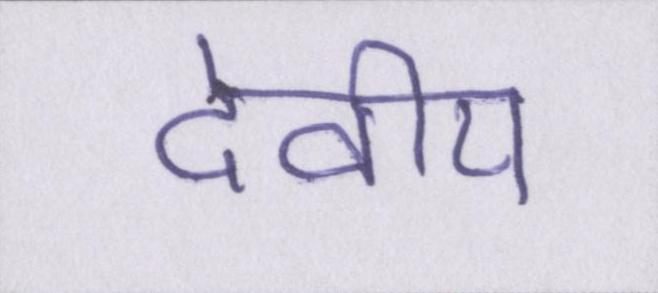
देवीय